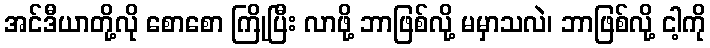
အင်ဒီယာတို့လို စောစော ကြိုပြီး လာဖို့ ဘာဖြစ်လို့ မမှာသလဲ၊ ဘာဖြစ်လို့ ငါ့ကို